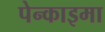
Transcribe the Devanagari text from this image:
पेन्काइमा